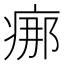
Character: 𤶸